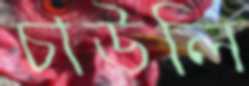
চাউলি